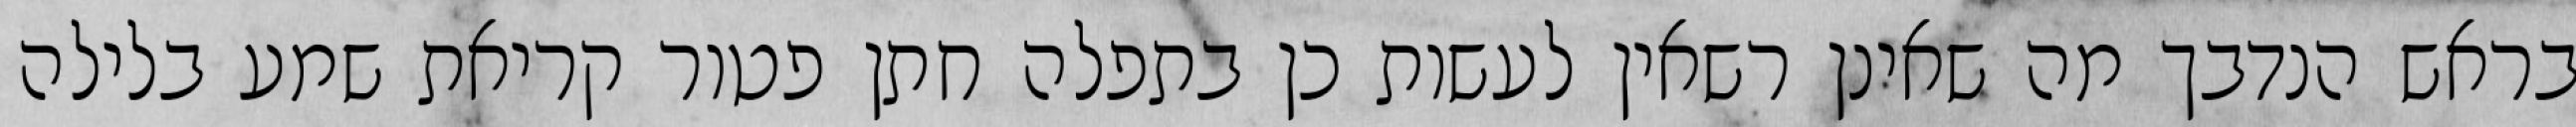
בראש הנדבך מה שאינן רשאין לעשות כן בתפלה חתן פטור קריאת שמע בלילה